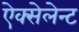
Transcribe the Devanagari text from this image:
ऐक्सेलेन्ट